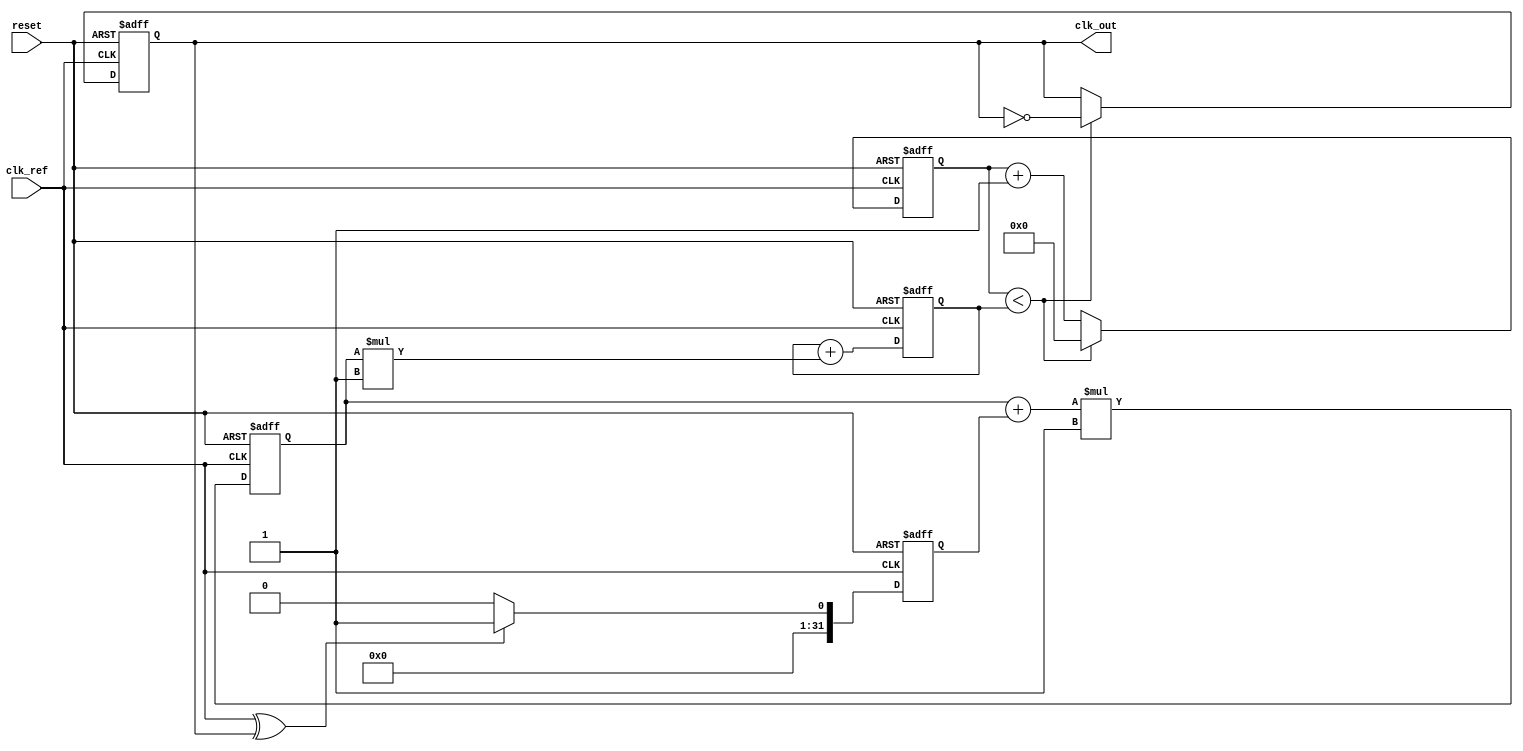
module PLL (
    input wire clk_ref,         // Reference clock input
    input wire reset,           // Asynchronous reset
    output reg clk_out          // Output clock
);

// Parameters
parameter N = 8;               // VCO frequency multiplier
parameter Kp = 1;              // Proportional gain for phase detector
parameter Ki = 1;              // Integral gain for loop filter

// Internal signals
reg [N-1:0] vco_counter;       // VCO counter
reg [31:0] phase_error;         // Phase error signal
reg [31:0] control_voltage;     // Control voltage from loop filter
reg [31:0] filtered_error;      // Filtered phase error

// Phase Detector
always @(posedge clk_ref or posedge reset) begin
    if (reset) begin
        phase_error <= 0;
    end else begin
        // Simple XOR phase detector
        phase_error <= (clk_ref ^ clk_out) ? 1 : 0;
    end
end

// Loop Filter (Simple PI Filter)
always @(posedge clk_ref or posedge reset) begin
    if (reset) begin
        control_voltage <= 0;
        filtered_error <= 0;
    end else begin
        // Proportional term
        filtered_error <= (filtered_error + phase_error) * Kp;
        // Integral term
        control_voltage <= control_voltage + filtered_error * Ki;
    end
end

// Voltage-Controlled Oscillator (VCO)
always @(posedge clk_ref or posedge reset) begin
    if (reset) begin
        vco_counter <= 0;
        clk_out <= 0;
    end else begin
        // VCO frequency adjustment based on control voltage
        if (vco_counter < control_voltage) begin
            clk_out <= ~clk_out; // Toggle output clock
            vco_counter <= 0;     // Reset counter
        end else begin
            vco_counter <= vco_counter + 1; // Increment counter
        end
    end
end

endmodule